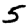
Digit: 5